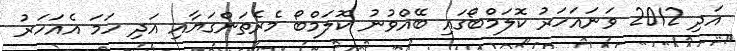
އަދި 2012 ވަނައަހަރު ކޮލަމްބޯގައި ބޭއްވުނު ކޮލަމްބޯ މެރެތަންގަޔާއި އަދި ހަމަ އެއަހަރު